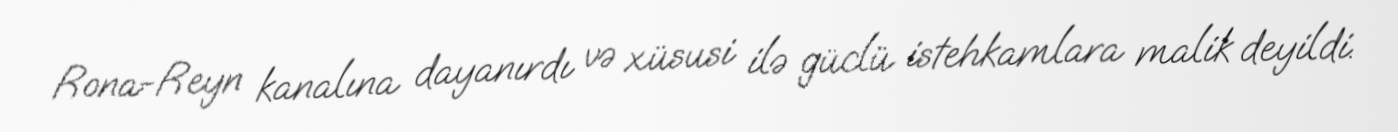
Rona-Reyn kanalına dayanırdı və xüsusi ilə güclü istehkamlara malik deyildi.